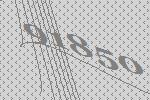
91850